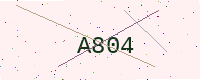
Text: A804